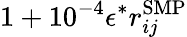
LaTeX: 1+10^{-4}\epsilon^{\ast}r_{ij}^{\mathrm{{SMP}}}